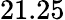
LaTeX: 21.25